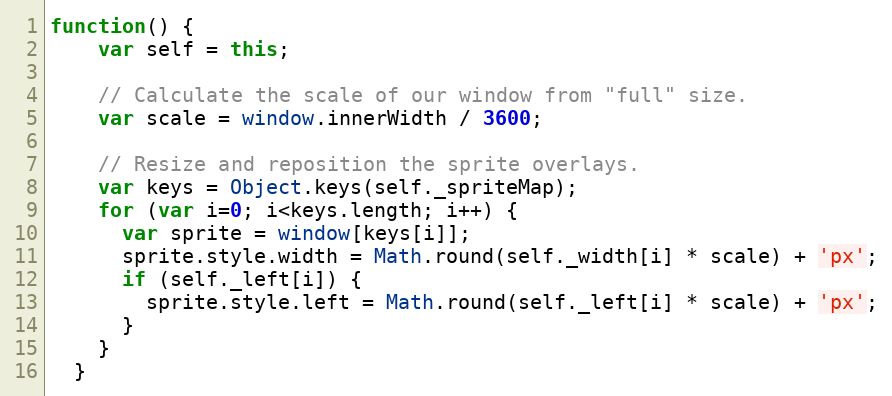
Language: JavaScript
function() {
    var self = this;

    // Calculate the scale of our window from "full" size.
    var scale = window.innerWidth / 3600;

    // Resize and reposition the sprite overlays.
    var keys = Object.keys(self._spriteMap);
    for (var i=0; i<keys.length; i++) {
      var sprite = window[keys[i]];
      sprite.style.width = Math.round(self._width[i] * scale) + 'px';
      if (self._left[i]) {
        sprite.style.left = Math.round(self._left[i] * scale) + 'px';
      }
    }
  }